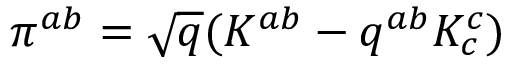
\pi ^ { a b } = { \sqrt { q } } ( K ^ { a b } - q ^ { a b } K _ { c } ^ { c } )